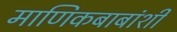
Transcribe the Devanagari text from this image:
माणिकबाबांशी